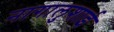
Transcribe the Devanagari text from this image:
नागालुशाई